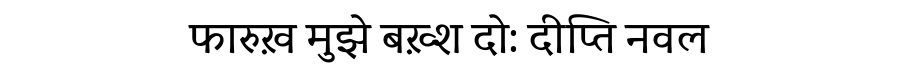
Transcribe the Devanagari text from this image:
फारुख़ मुझे बख़्श दो: दीप्ति नवल